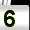
Digit: 5